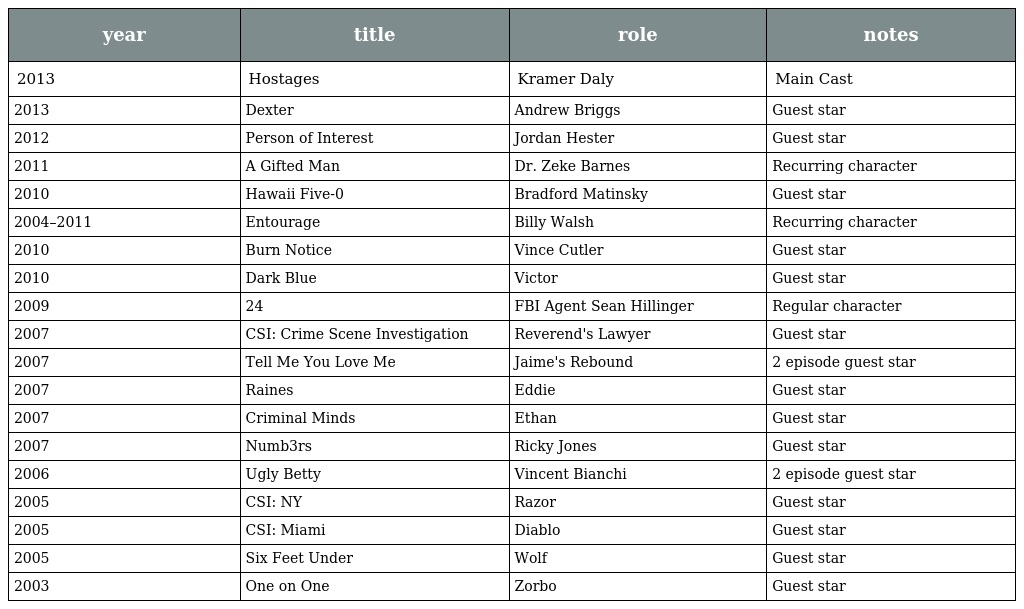
| year | title | role | notes |
 | --- | --- | --- | --- |
 | 2013 | Hostages | Kramer Daly | Main Cast |
 | 2013 | Dexter | Andrew Briggs | Guest star |
 | 2012 | Person of Interest | Jordan Hester | Guest star |
 | 2011 | A Gifted Man | Dr. Zeke Barnes | Recurring character |
 | 2010 | Hawaii Five-0 | Bradford Matinsky | Guest star |
 | 2004–2011 | Entourage | Billy Walsh | Recurring character |
 | 2010 | Burn Notice | Vince Cutler | Guest star |
 | 2010 | Dark Blue | Victor | Guest star |
 | 2009 | 24 | FBI Agent Sean Hillinger | Regular character |
 | 2007 | CSI: Crime Scene Investigation | Reverend's Lawyer | Guest star |
 | 2007 | Tell Me You Love Me | Jaime's Rebound | 2 episode guest star |
 | 2007 | Raines | Eddie | Guest star |
 | 2007 | Criminal Minds | Ethan | Guest star |
 | 2007 | Numb3rs | Ricky Jones | Guest star |
 | 2006 | Ugly Betty | Vincent Bianchi | 2 episode guest star |
 | 2005 | CSI: NY | Razor | Guest star |
 | 2005 | CSI: Miami | Diablo | Guest star |
 | 2005 | Six Feet Under | Wolf | Guest star |
 | 2003 | One on One | Zorbo | Guest star |